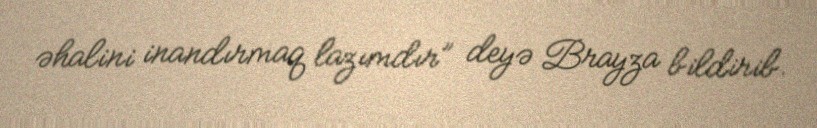
əhalini inandırmaq lazımdır” deyə Brayza bildirib.